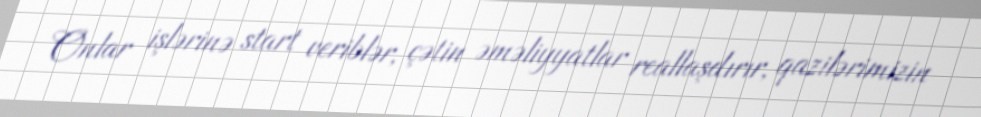
Onlar işlərinə start veriblər, çətin əməliyyatlar reallaşdırır, qazilərimizin